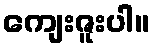
ကျေးဇူးပါ။